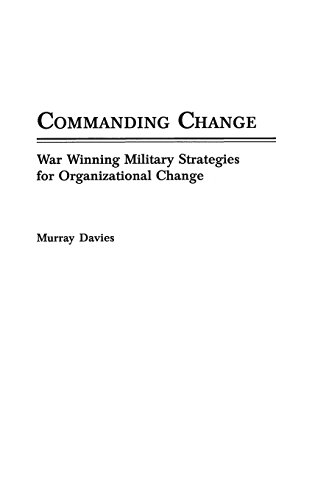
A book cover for Commanding Change: War Winning Military Strategies for Organizational Change; Murray Davies; History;